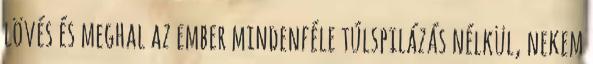
lövés és meghal az ember mindenféle túlspilázás nélkül, nekem